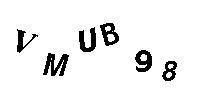
VMUB98